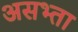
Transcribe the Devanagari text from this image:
असभ्ता